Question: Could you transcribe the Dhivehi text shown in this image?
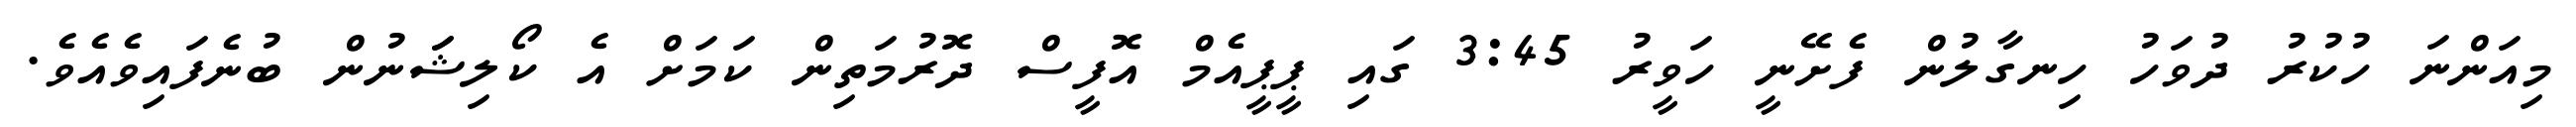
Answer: މިއަންނަ ހުކުރު ދުވަހު ހިނގާލުން ފެށޭނީ ހަވީރު 3:45 ގައި ޕީޕީއެމް އޮފީސް ދޮރުމަތިން ކަމަށް އެ ކޯލިޝަަނުން ބުނެފައިވެއެވެ.